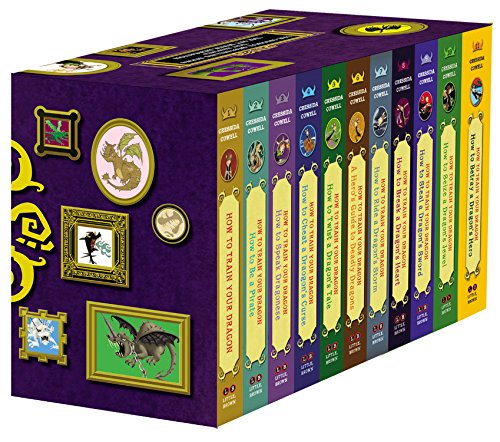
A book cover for How To Train Your Dragon: Paperback Gift Set 2; Cressida Cowell; Children's Books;